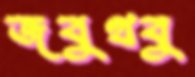
জবুথবু